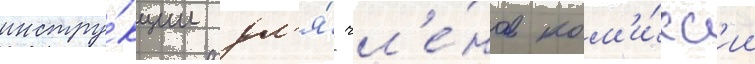
инстру́кции дл'я́ чл'е́нов ком'и́сс'ии